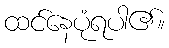
ထင်နေပုံရပါ၏။